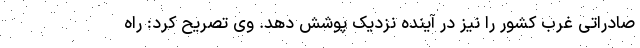
صادراتی غرب کشور را نیز در آینده نزدیک پوشش دهد. وی تصریح کرد: راه